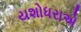
યશોધરાએ